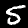
Label: 5